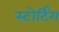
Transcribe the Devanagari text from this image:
स्टोर्टिंग